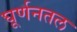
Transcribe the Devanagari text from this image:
घूर्णनतल